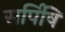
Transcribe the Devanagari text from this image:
सर्पिषि